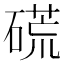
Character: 𥔾